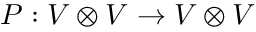
P : V \otimes V \to V \otimes V